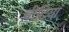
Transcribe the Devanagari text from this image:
चीटियां